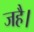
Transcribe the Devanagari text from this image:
जहै।